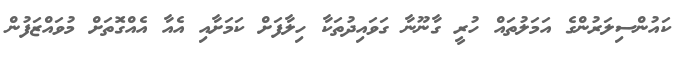
ކައުންސިލަރުންގެ އަމަލުތައް ހުރީ ގާނޫނާ ގަވައިދުތަކާ ހިލާފަށް ކަމަށާއި އެއާ އެއްގޮަތަށް މުވައްޒަފުން